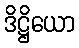
ဒိဋ္ဌိယော